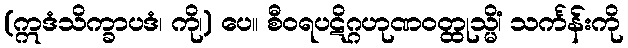
(ဣဒံသိက္ခာပဒံ၊ ကို၊) ပေ။ စီဝရပဋိဂ္ဂဟုဏဝတ္ထုသ္မိံ၊ သင်္ကန်းကို